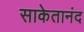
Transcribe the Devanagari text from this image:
साकेतानंद